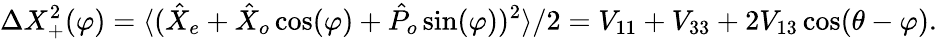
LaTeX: \Delta X_{+}^{2}(\varphi)=\langle(\hat{X}_{e}+\hat{X}_{o}\cos(\varphi)+\hat{P}_{o}\sin(\varphi))^{2}\rangle/2=V_{11}+V_{33}+2V_{13}\cos(\theta-\varphi).